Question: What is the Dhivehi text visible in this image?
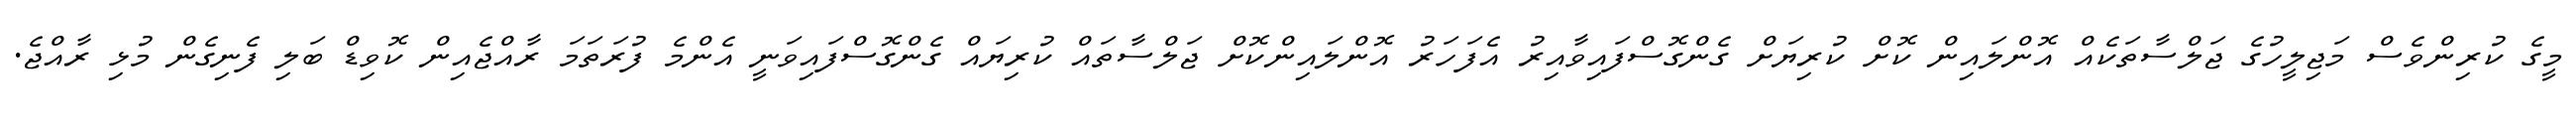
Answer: މީގެ ކުރިންވެސް މަޖިލީހުގެ ޖަލްސާތަކެއް އޮންލައިން ކޮށް ކުރިޔަށް ގެންގޮސްފައިވާއިރު އެފަހަރު އޮންލައިންކޮށް ޖަލްސާތައް ކުރިޔައް ގެންގޮސްފައިވަނީ އެންމެ ފުރަތަމަ ރާއްޖެއިން ކޮވިޑް ބަލި ފެނިގެން މުޅި ރާއްޖެ.